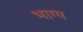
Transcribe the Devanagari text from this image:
भाग्‍य